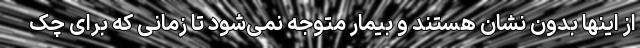
از اینها بدون نشان هستند و بیمار متوجه نمی‌شود تا زمانی که برای چک